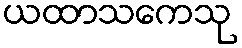
ယထာသကေသု